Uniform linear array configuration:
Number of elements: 12
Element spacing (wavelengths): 0.25
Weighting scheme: exponential
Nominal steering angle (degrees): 15
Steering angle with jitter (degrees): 13.704
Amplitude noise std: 0.05
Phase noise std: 0.05

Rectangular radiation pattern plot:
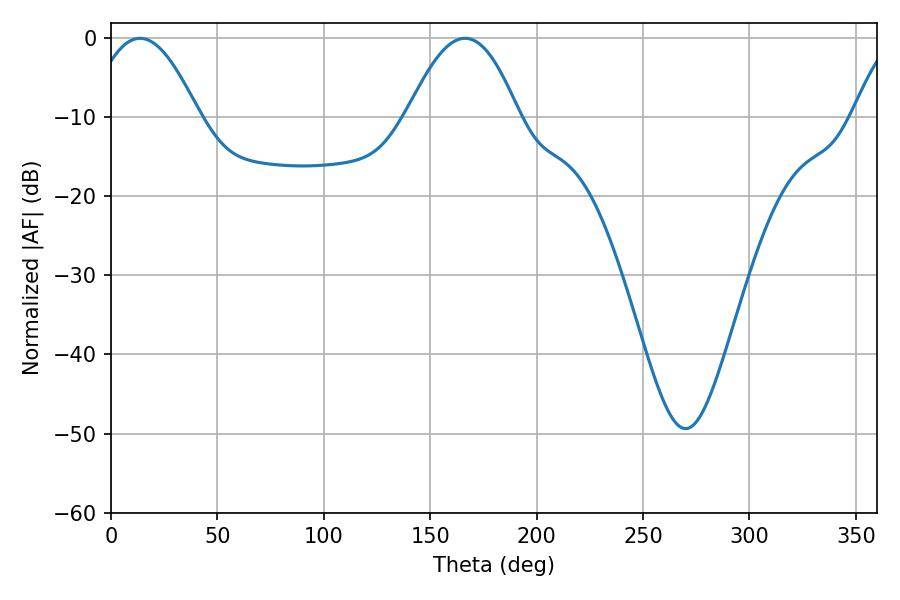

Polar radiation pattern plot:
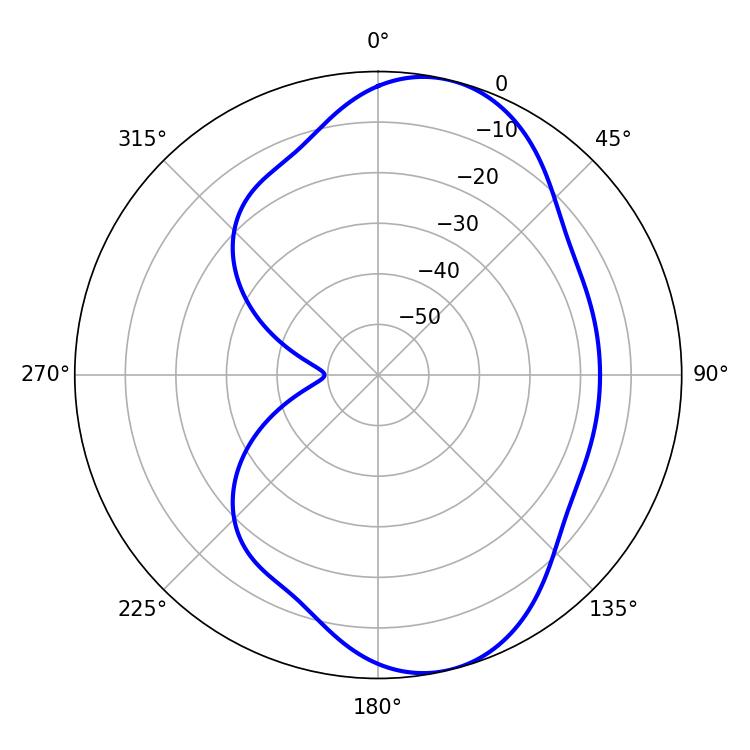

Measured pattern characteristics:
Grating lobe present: FALSE
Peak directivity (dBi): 8.406
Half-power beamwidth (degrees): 28.26
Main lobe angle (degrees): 13.68